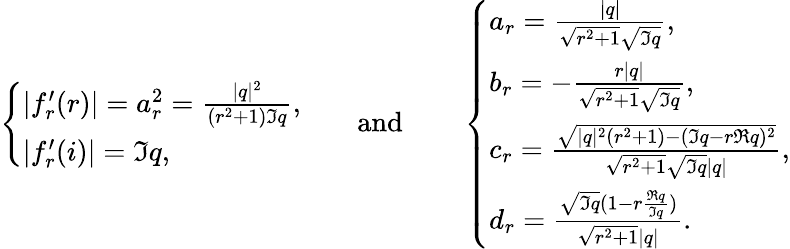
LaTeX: \left\{ \begin{array}{ll}{|f_{r}^{\prime}(r)|=a_{r}^{2}=\frac{|q|^{2}}{(r^{2}+1)\Im q},}\\ {|f_{r}^{\prime}(i)|=\Im q,}\end{array}\right.\qquad\mathrm{and}\qquad\left\{ \begin{array}{ll}{a_{r}=\frac{|q|}{\sqrt{r^{2}+1}\sqrt{\Im q}},}\\ {b_{r}=-\frac{r|q|}{\sqrt{r^{2}+1}\sqrt{\Im q}},}\\ {c_{r}=\frac{\sqrt{|q|^{2}(r^{2}+1)-(\Im q-r\Re q)^{2}}}{\sqrt{r^{2}+1}\sqrt{\Im q}|q|},}\\ {d_{r}=\frac{\sqrt{\Im q}(1-r\frac{\Re q}{\Im q})}{\sqrt{r^{2}+1}|q|}.}\end{array}\right.